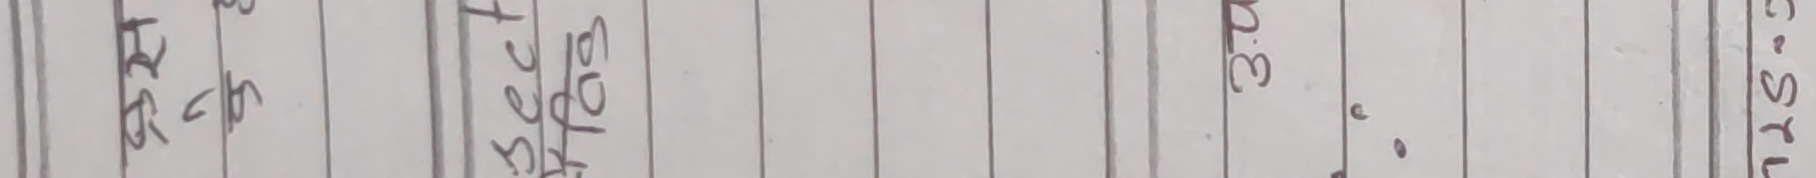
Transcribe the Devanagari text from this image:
सी आर ६ ५
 ३ सेक्ट
लोज